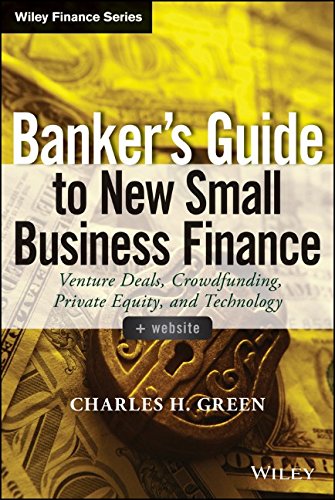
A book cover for Banker's Guide to New Small Business Finance, + Website: Venture Deals, Crowdfunding, Private Equity, and Technology (Wiley Finance); Charles H. Green; Business & Money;